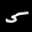
Label: 5